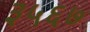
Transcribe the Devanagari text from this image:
३५६७